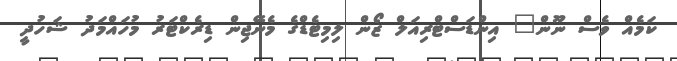
ކަމެއް ވެސް ނޫން" އިންޑަސްޓްރިއަލް ޒޯން ލިމިޓެޑްގެ މެނޭޖިން ޑިރެކްޓަރު މުހައްމަދު ޝަހުދީ